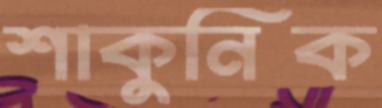
শাকুনিক